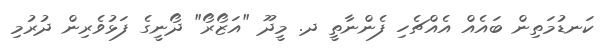
ކަނޑުމަތިން ބައެއް އެއްޗެހި ފެންނާތީ ދ. މީދޫ "އަޒޯރޯ" ދޯނީގެ ފަޅުވެރިން ދުރުމި